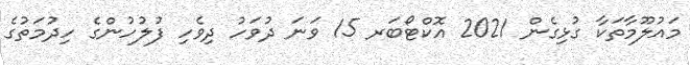
މައުލޫމާތަކާ ގުޅިގެން 2021 އޮކްޓޯބަރ 15 ވަނަ ދުވަހު ދިވެހި ފުލުހުންގެ ހިދުމަތުގެ